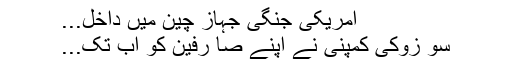
امریکی جنگی جہاز چین میں داخل...
سو زوکی کمپنی نے اپنے صا رفین کو اب تک...